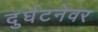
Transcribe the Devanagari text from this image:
दुर्घटनेवर